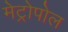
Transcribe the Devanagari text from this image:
मेट्रोपोल